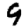
Digit: 9